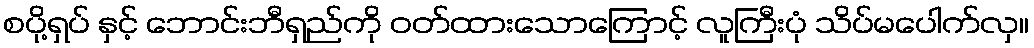
စပို့ရှပ် နှင့် ဘောင်းဘီရှည်ကို ဝတ်ထားသောကြောင့် လူကြီးပုံ သိပ်မပေါက်လှ။